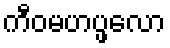
ကီဝမဟပ္ဖလော